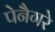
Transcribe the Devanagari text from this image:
पेनैगरे